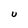
Character: u